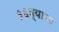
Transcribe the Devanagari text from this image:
१६व्याचा